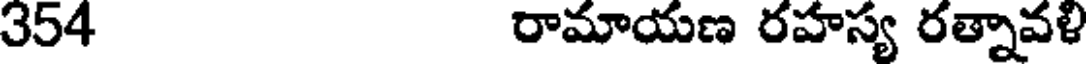
354 రామాయణ రహస్య రత్నావళి